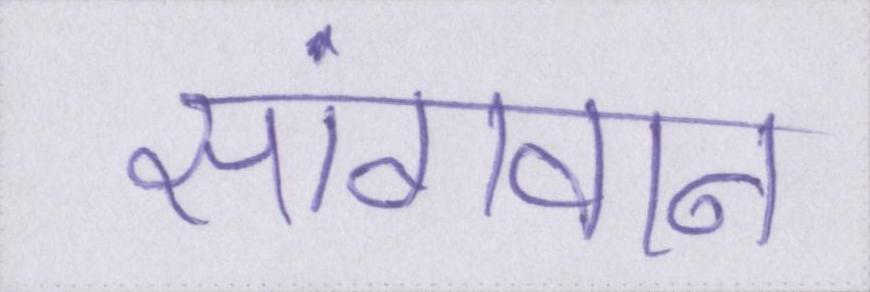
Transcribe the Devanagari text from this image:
सांगवान